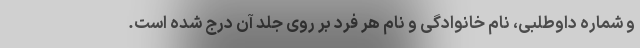
و شماره داوطلبی، نام خانوادگی و نام هر فرد بر روی جلد آن درج شده است.